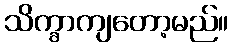
သိက္ခာကျတော့မည်။